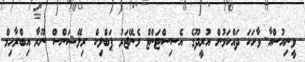
ވީނިއުސްއާ ވާހަކަ ދައްކަމުން އުރީދޫގެ އެސިސްޓަންޓް މެނޭޖަރު ޕަބްލިކް ރިލޭޝަންސް ނޫރާ އިބްރާހިމް